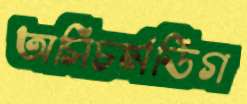
অসিচর্মডিগ